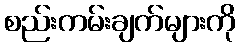
စည်းကမ်းချက်များကို